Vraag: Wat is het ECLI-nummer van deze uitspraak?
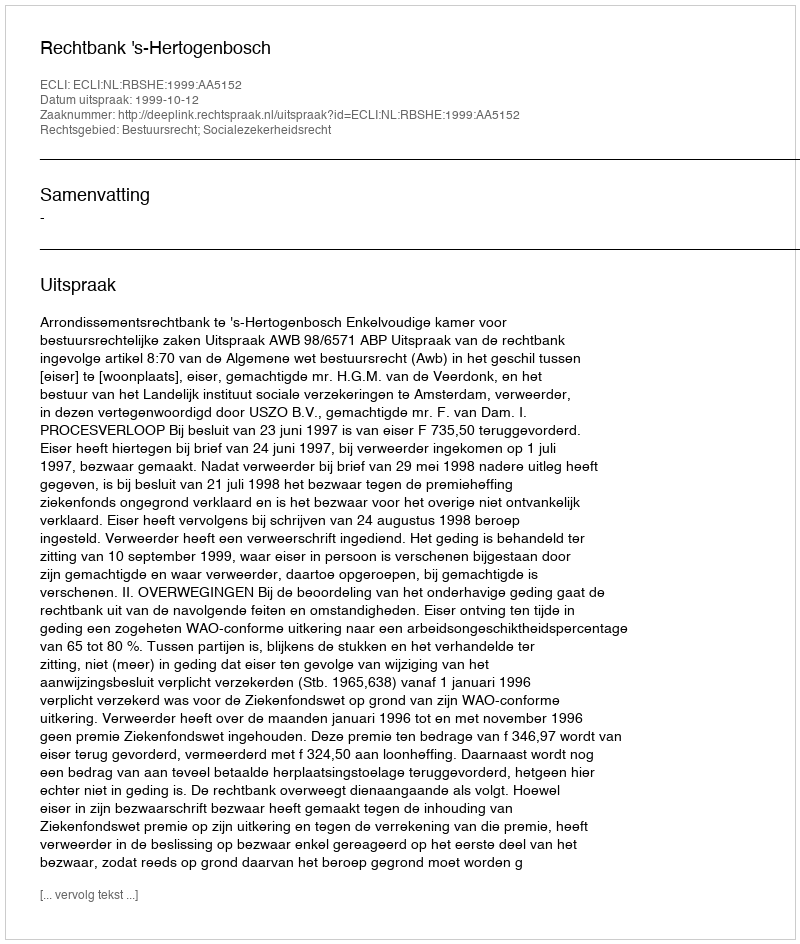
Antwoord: ECLI:NL:RBSHE:1999:AA5152